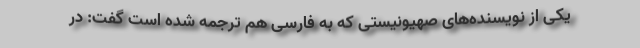
یکی از نویسنده‌های صهیونیستی که به فارسی هم ترجمه شده است گفت: در